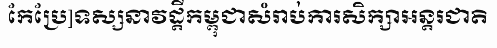
កែប្រែ]ទស្សនាវដ្តីកម្ពុជាសំរាប់ការសិក្សាអន្តរជាតិ